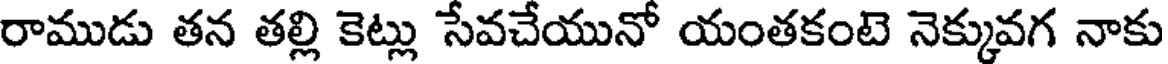
రాముడు తన తల్లి కెట్లు సేవచేయునో యంతకంటె నెక్కువగ నాకు